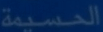
الحسيمة